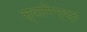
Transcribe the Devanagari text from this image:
स्वामिभ्क्त